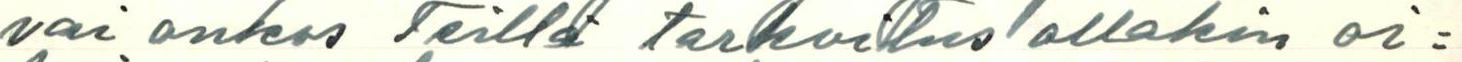
vai onkos Teillä tarkoitus ollakin oi=